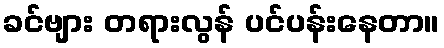
ခင်ဗျား တရားလွန် ပင်ပန်းနေတာ။